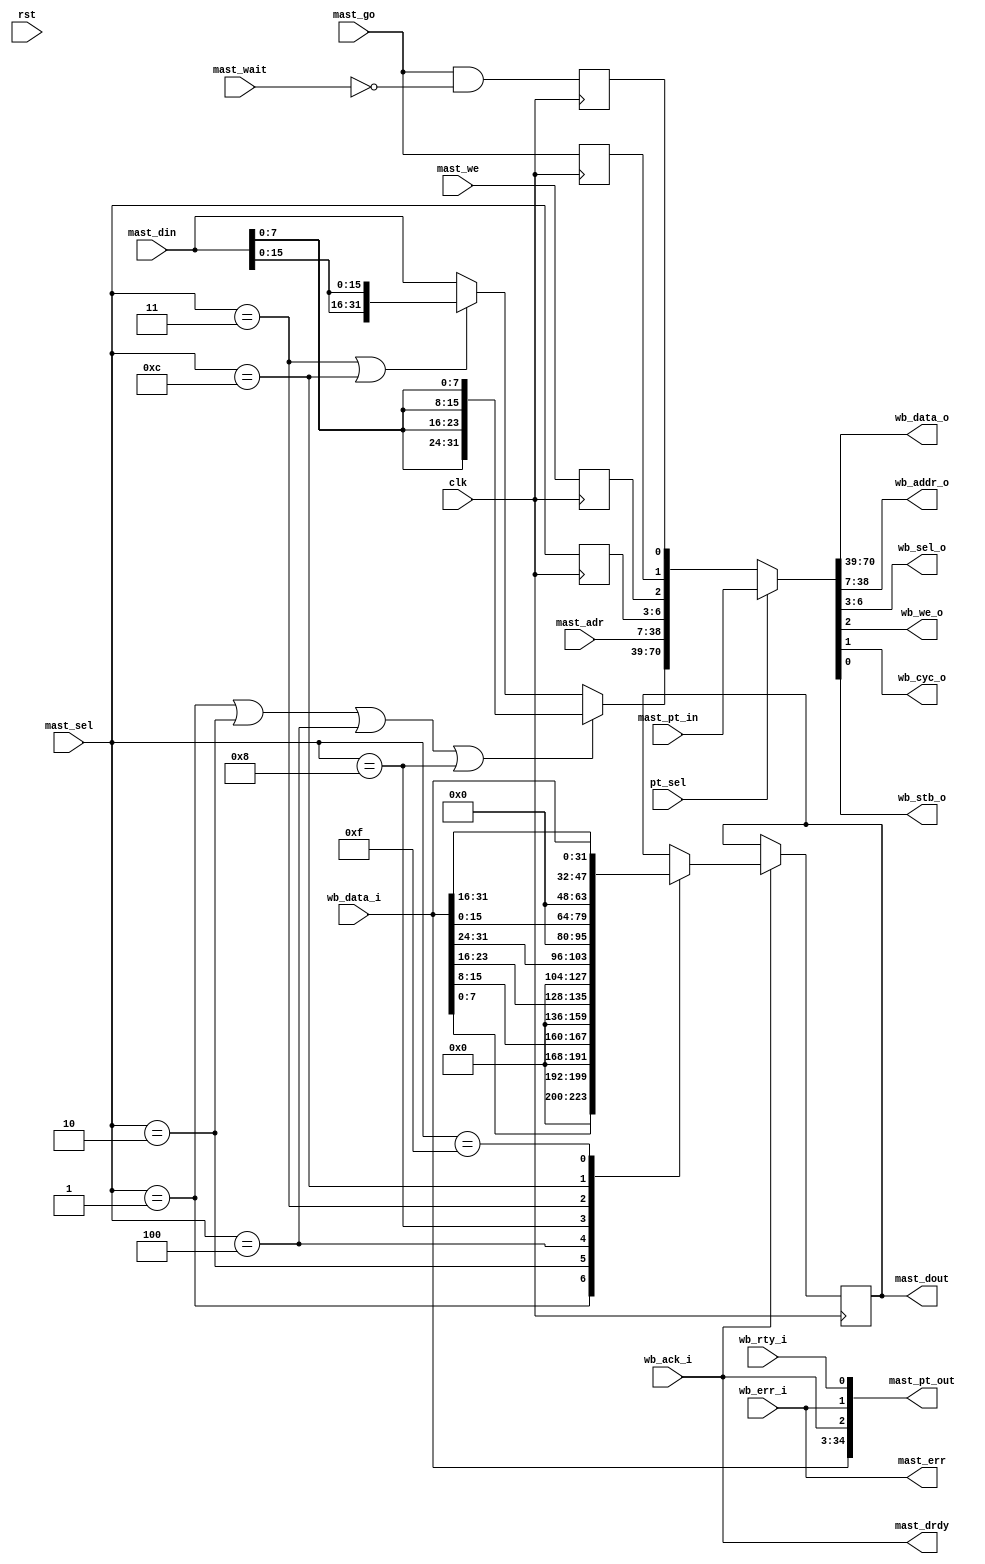
module wb_dma_wb_mast_1(clk, rst,
	wb_data_i, wb_data_o, wb_addr_o, wb_sel_o, wb_we_o, wb_cyc_o,
	wb_stb_o, wb_ack_i, wb_err_i, wb_rty_i,
	mast_go, mast_we, mast_adr, mast_sel, mast_din, mast_dout, mast_err,
	mast_drdy, mast_wait,
	pt_sel, mast_pt_in, mast_pt_out
	);
input		clk, rst;
input	[31:0]	wb_data_i;
output	[31:0]	wb_data_o;
output	[31:0]	wb_addr_o;
output	[3:0]	wb_sel_o;
output		wb_we_o;
output		wb_cyc_o;
output		wb_stb_o;
input		wb_ack_i;
input		wb_err_i;
input		wb_rty_i;
input		mast_go;	
input		mast_we;	
input	[31:0]	mast_adr;	
input	[3:0]	mast_sel;	
input	[31:0]	mast_din;	
output	[31:0]	mast_dout;	
output		mast_err;	
output		mast_drdy;	
input		mast_wait;	
input		pt_sel;		
input	[70:0]	mast_pt_in;	
output	[34:0]	mast_pt_out;	
reg		mast_cyc, mast_stb;
reg		mast_we_r;
reg	[3:0]	mast_be;
reg	[31:0]	mast_dout;
wire [31:0]	mast_din_sel;
assign {wb_data_o, wb_addr_o, wb_sel_o, wb_we_o, wb_cyc_o, wb_stb_o} =
	pt_sel ? mast_pt_in :
	{mast_din_sel, mast_adr, mast_be, mast_we_r, mast_cyc, mast_stb};
assign mast_din_sel = 
	(mast_sel=='b0001 || mast_sel=='b0010 || mast_sel=='b0100 || mast_sel=='b1000)?
		{mast_din[7:0],mast_din[7:0],mast_din[7:0],mast_din[7:0]}:
	(mast_sel=='b0011 || mast_sel=='b1100)?
		{mast_din[15:0],mast_din[15:0]}:mast_din;
assign mast_pt_out = {wb_data_i, wb_ack_i, wb_err_i, wb_rty_i};
always @(posedge clk)
	if (wb_ack_i) begin
		case (mast_sel)
			'b0001: mast_dout <= wb_data_i[7:0];
			'b0010: mast_dout <= wb_data_i[15:8];
			'b0100: mast_dout <= wb_data_i[23:16];
			'b1000: mast_dout <= wb_data_i[31:24];
			'b0011: mast_dout <= wb_data_i[15:0];
			'b1100: mast_dout <= wb_data_i[31:16];
			'b1111: mast_dout <= wb_data_i;
		endcase
	end
always @(posedge clk)
	mast_be <= #1 mast_sel;
always @(posedge clk)
	mast_we_r <= #1 mast_we;
always @(posedge clk)
	mast_cyc <= #1 mast_go;
always @(posedge clk)
	mast_stb <= #1 mast_go & !mast_wait; 
assign mast_drdy = wb_ack_i;
assign mast_err  = wb_err_i;
endmodule